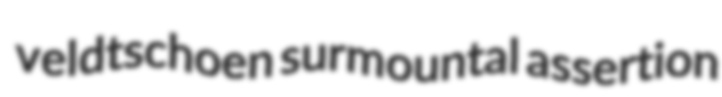
veldtschoen surmountal assertion